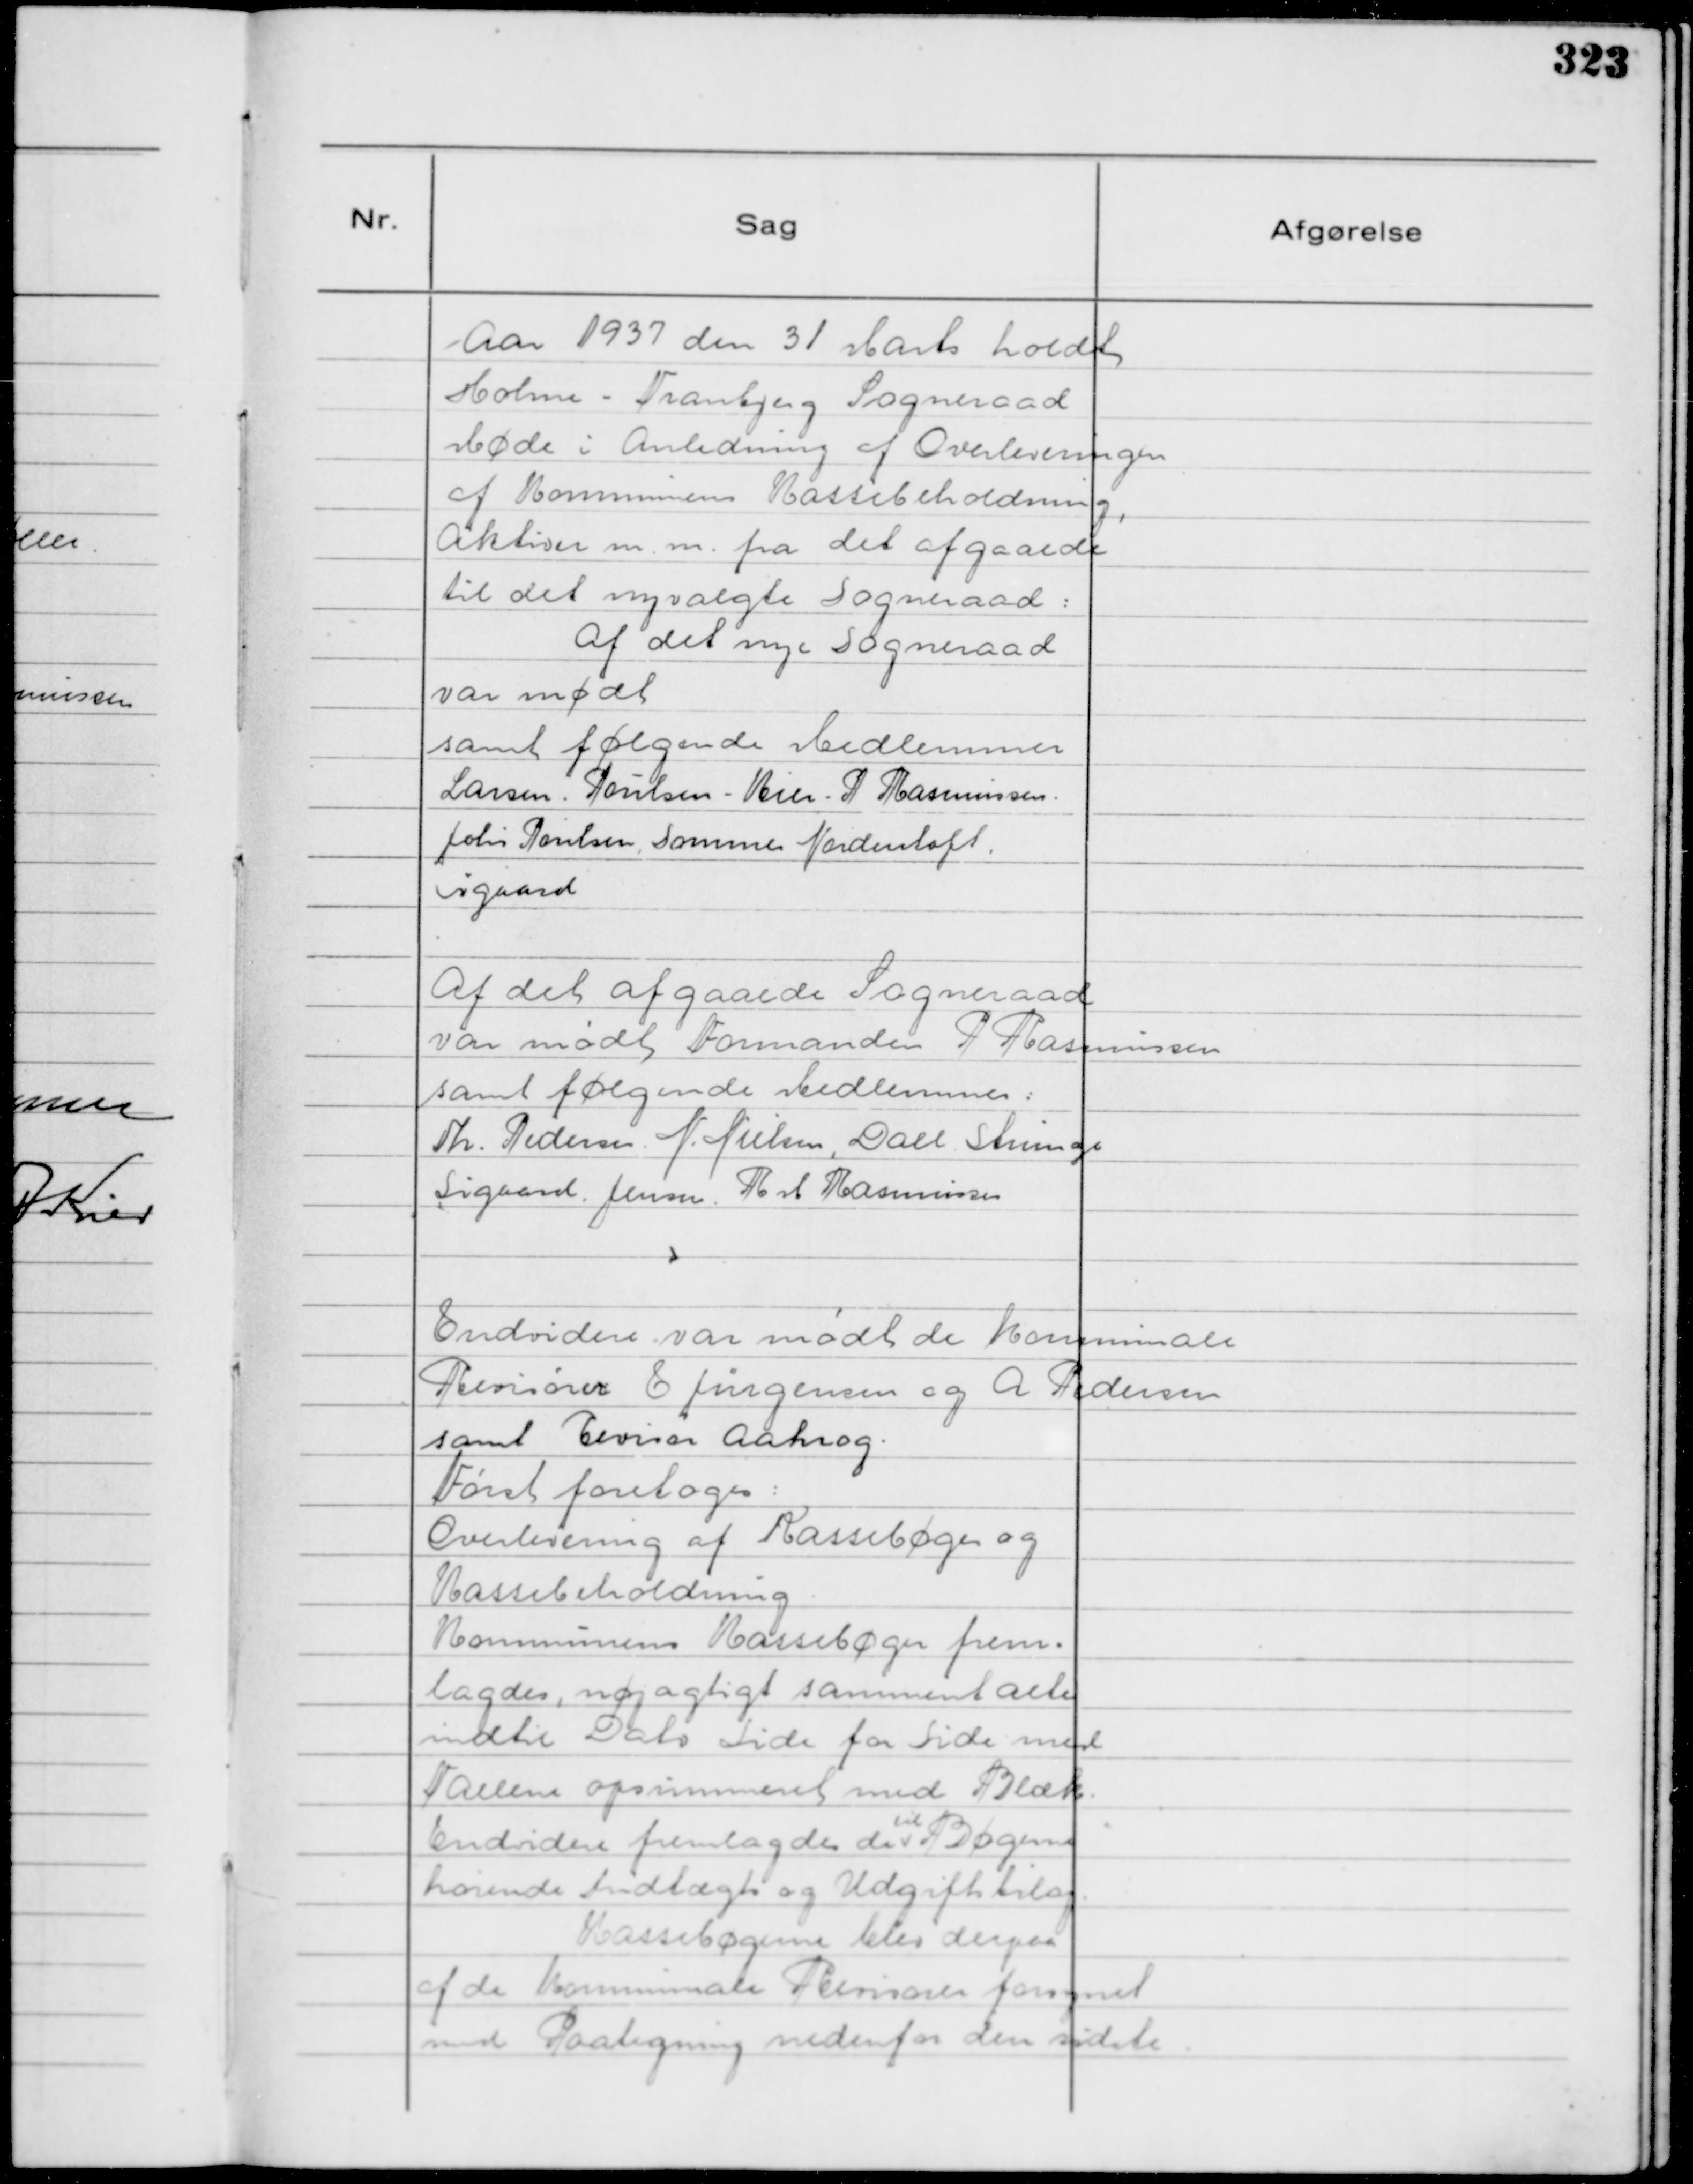
Transskription:
Aar 1937 den 31 Marts holdt
Holme - Tranbjerg Sogneraad
Møde i Anledning af Overleveringen
af Kommunens Kassebeholdning,
Aktiver m. m. fra det afgaaende
til det nyvalgte Sogneraad:
Af det nye Sogneraad
var mødt
samt følgende Medlemmer
Larsen. Poulsen - Kier - P Rasmussen.
Johs Poulsen, Sommer Nordentoft.
Sigaard

Af det afgaaede Sogneraad
var mødt, Formanden P Rasmussen
samt følgende Medlemmer:
Th. Pedersen N. Nielsen, Dall Strunge
Sigaard. Jensen. R M Rasmussen

Endvidere var mødt de kommunale
Revisorer E Jürgensen og A Pedersen
samt Revisor Aakrog.
Først foretoges:
Overlevering af Kassebøger og
Kassebeholdning
Kommunens Kassebøger frem=
lagdes, nøjagtigt sammentalte
indtil Dato Side for Side med
Tallene opsummeret med Blæk.
Endvidere fremlagdes de
til
Bøgerne
hørende Indtægts og Udgiftsbilag.
Kassebøgerne blev derpaa
af de kommunale Revisorer forsynet
med Paategning nedenfor den sidste